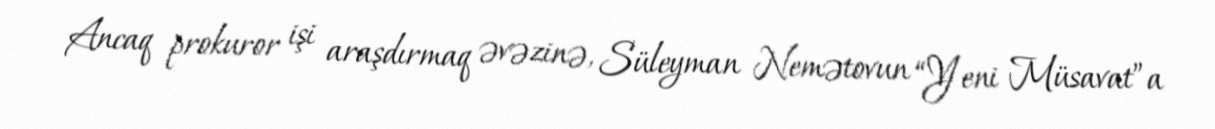
Ancaq prokuror işi araşdırmaq əvəzinə, Süleyman Nemətovun “Yeni Müsavat”a